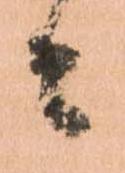
々